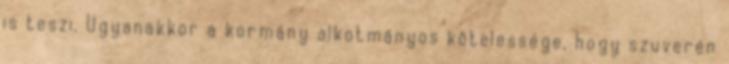
is teszi. Ugyanakkor a kormány alkotmányos kötelessége, hogy szuverén